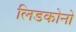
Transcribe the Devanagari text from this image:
लिडकोनो